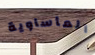
المأساوية